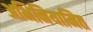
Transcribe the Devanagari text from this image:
अभिनियामित